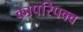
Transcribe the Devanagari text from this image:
कापरिपक्व